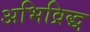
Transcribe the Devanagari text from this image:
अभिव्रिद्ध